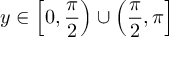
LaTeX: y \in \left[ 0 , { \frac { \pi } { 2 } } \right) \cup \left( { \frac { \pi } { 2 } } , \pi \right]